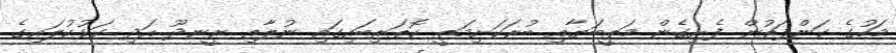
މަހުގެ ކަންފަތުން ފެށިގެން މަތީބަޔާއި ބުރަކަށިމަތީ ކޮތަރިބައިގައި ނުލާއި ރީނދޫ އަދި ކަޅުކުލައިގެ